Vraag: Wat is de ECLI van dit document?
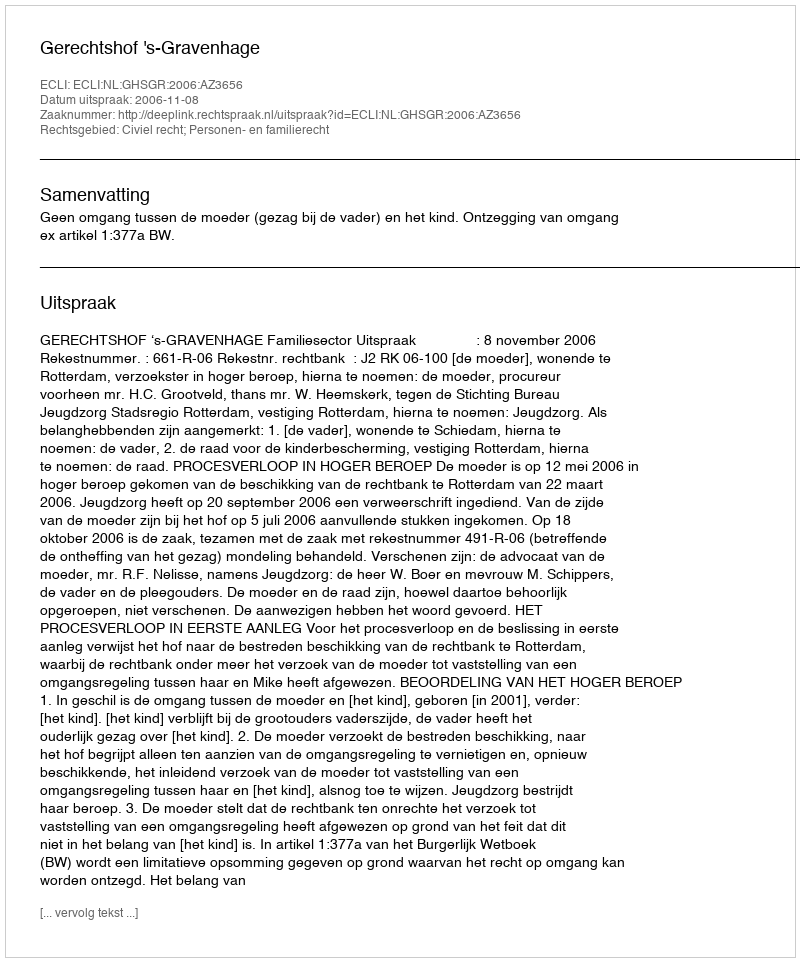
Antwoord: ECLI:NL:GHSGR:2006:AZ3656